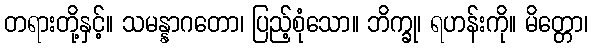
တရားတို့နှင့်။ သမန္နာဂတော၊ ပြည့်စုံသော။ ဘိက္ခု၊ ရဟန်းကို။ မိတ္တော၊